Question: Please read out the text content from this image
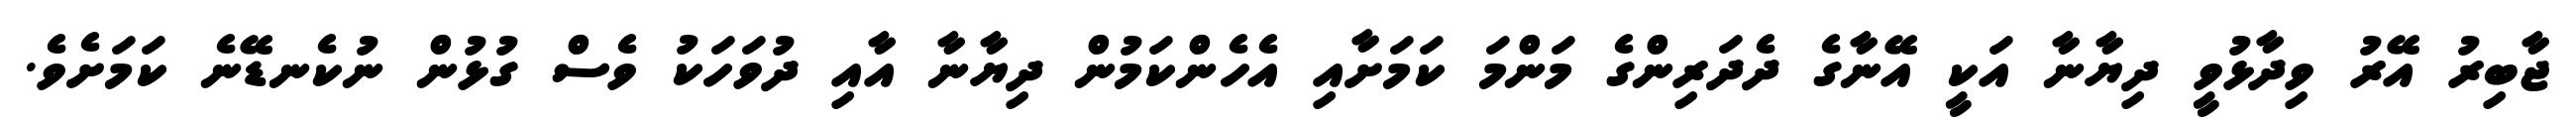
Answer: ޖާބިރު އޭރު ވިދާޅުވީ ދިޔާނާ އަކީ އޭނާގެ ދެދަރިންގެ މަންމަ ކަމަށާއި އެހެންކަމުން ދިޔާނާ އާއި ދުވަހަކު ވެސް ގުޅުން ނުކެނޑޭނެ ކަމަށެވެ.